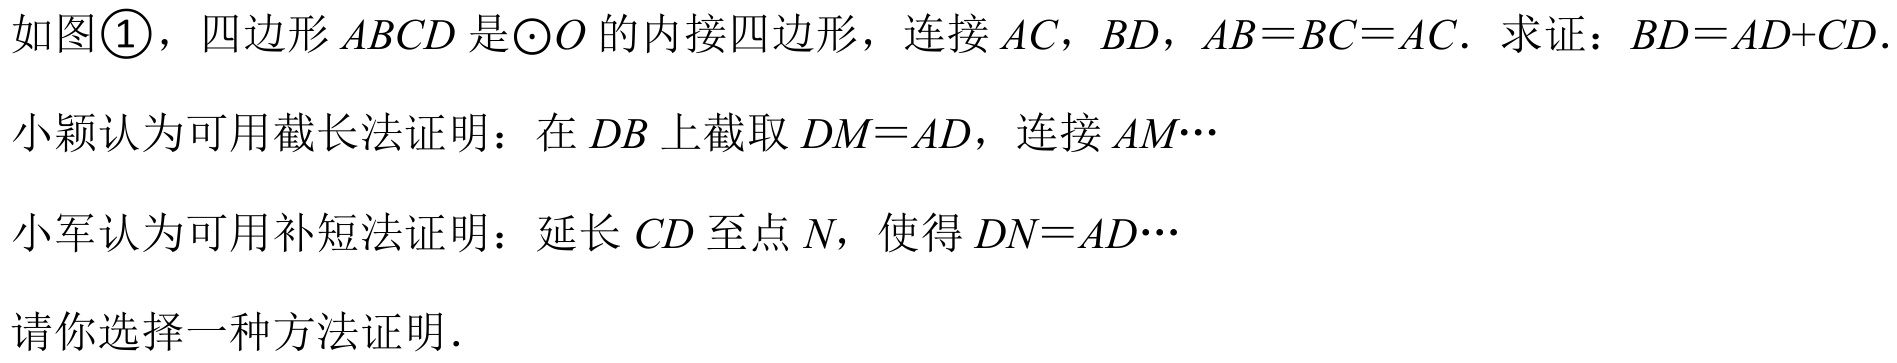
如图\textcircled{1}，四边形 \(ABCD\) 是\(\odot O\) 的内接四边形，连接 \(AC\)，\(BD\)，\(AB = BC = AC\)．求证：\(BD=AD + CD\)．
小颖认为可用截长法证明：在 \(DB\) 上截取 \(DM = AD\)，连接 \(AM\cdots\)
小军认为可用补短法证明：延长 \(CD\) 至点 \(N\)，使得 \(DN = AD\cdots\)
请你选择一种方法证明．